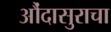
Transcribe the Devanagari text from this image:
औंदासुराचा